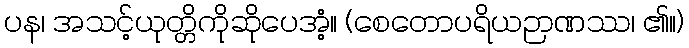
ပန၊ အသင့်ယုတ္တိကိုဆိုပေအံ့။ (စေတောပရိယဉာဏဿ၊ ၏။)